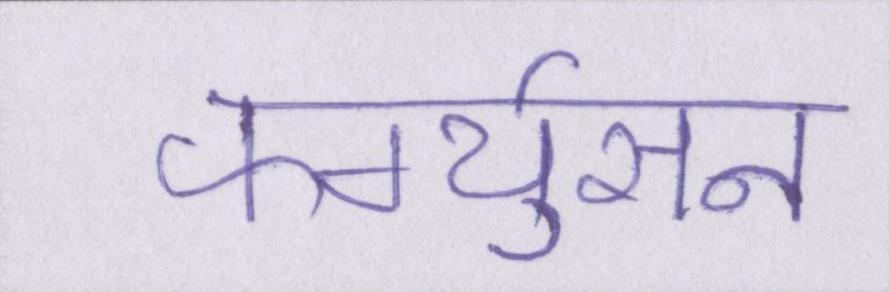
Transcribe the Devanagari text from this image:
फर्ग्युसन